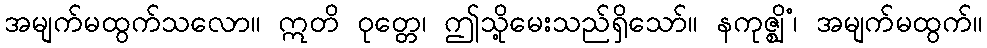
အမျက်မထွက်သလော။ ဣတိ ဝုတ္တေ၊ ဤသို့မေးသည်ရှိသော်။ နကုဇ္ဈိံ၊ အမျက်မထွက်။